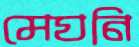
মেঘনি